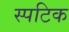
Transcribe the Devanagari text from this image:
स्पटिक